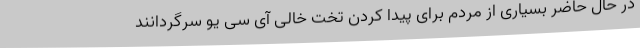
در حال حاضر بسیاری از مردم برای پیدا کردن تخت خالی آی سی یو سرگردانند